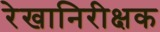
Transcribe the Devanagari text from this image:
रेखानिरीक्षक